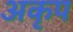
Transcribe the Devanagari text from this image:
अकृप